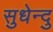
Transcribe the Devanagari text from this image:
सुधेन्दु